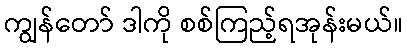
ကျွန်တော် ဒါကို စစ်ကြည့်ရအုန်းမယ်။